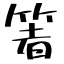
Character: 箸